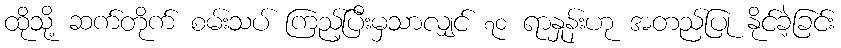
ထိုသို့ ဆက်တိုက် စမ်းသပ် ကြည့်ပြီးမှသာလျှင် ၇၀ ရာနှုန်းဟု အတည်ပြု နိုင်ခဲ့ခြင်း